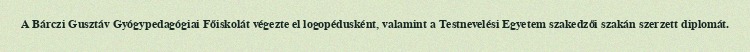
A Bárczi Gusztáv Gyógypedagógiai Főiskolát végezte el logopédusként, valamint a Testnevelési Egyetem szakedzői szakán szerzett diplomát.